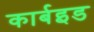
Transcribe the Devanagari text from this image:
कार्बइड